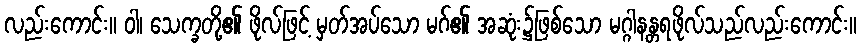
လည်းကောင်း။ ဝါ၊ သေက္ခတို့၏ ဖိုလ်ဖြင့် မှတ်အပ်သော မဂ်၏ အဆုံး၌ဖြစ်သော မဂ္ဂါနန္တရဖိုလ်သည်လည်းကောင်း။